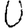
Digit: 0